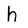
Character: h